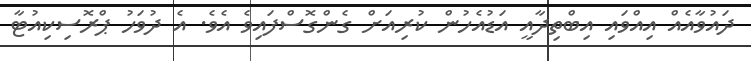
ދައުވާއެއް އިއްވައި އިބްތިދާއީ އަޑުއެހުން ކުރިއަށް ގެންގޮސްފައިވެ އެވެ. އެ ދުވަހު ޕްރޮސިކިއުޓާ